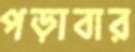
পড়াবার